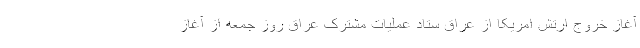
آغاز خروج ارتش امریکا از عراق ستاد عملیات مشترک عراق روز جمعه از آغاز